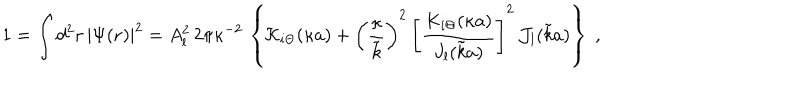
LaTeX: 1 = \int d ^ { 2 } { \bf r } \, | \Psi ( { \bf r } ) | ^ { 2 } = A _ { l } ^ { 2 } \, 2 \pi \kappa ^ { - 2 } \, \left\{ { \mathcal K } _ { i \Theta } ( \kappa a ) + \left( \frac { \kappa } { \tilde { k } } \right) ^ { 2 } \, \left[ \frac { K _ { i \Theta } ( \kappa a ) } { J _ { l } ( \tilde { k } a ) } \right] ^ { 2 } \, { \mathcal J _ { l } } ( \tilde { k } a ) \right\} \; ,